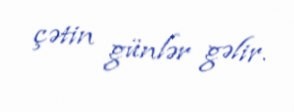
çətin günlər gəlir.